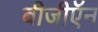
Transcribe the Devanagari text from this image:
बीजीऍन